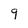
Character: 9